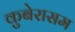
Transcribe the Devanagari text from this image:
कुबेरासम